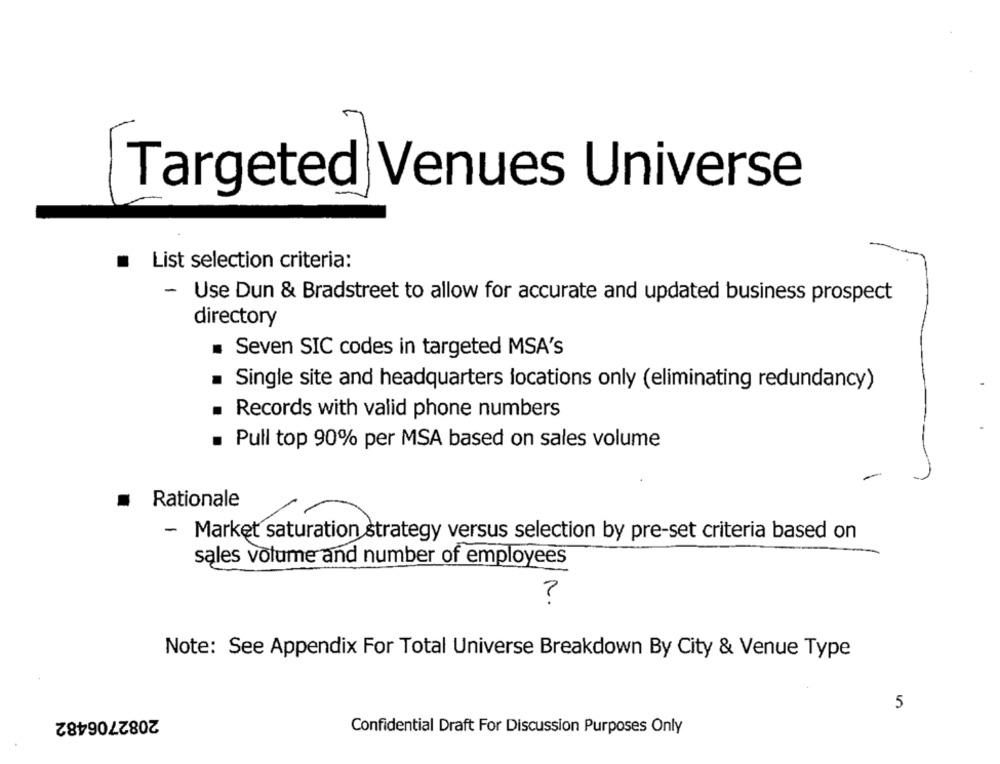
Targeted Venues Universe
.
List selection criteria:
- Use Dun & Bradstreet to allow for accurate and updated business prospect
directory
.
Seven SIC codes in targeted MSA's
Single site and headquarters locations only (eliminating redundancy)
Records with valid phone numbers
. Pull top 90% per MSA based on sales volume
.
Rationale
- Market saturation strategy versus selection by pre-set criteria based on
sales volume and number of employees
?
Note: See Appendix For Total Universe Breakdown By City & Venue Type
5
2082706482
Confidential Draft For Discussion Purposes Only